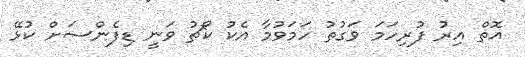
އޮތް އިރު ފުރިހަމަ ވަގުތު ހަމަވުމާ އެކު ކޯޗު ވަނީ ޑިފެންސަށް ކުޅޭ